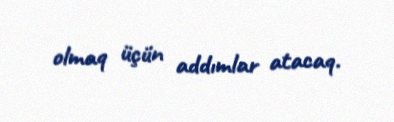
olmaq üçün addımlar atacaq.